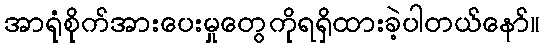
အာရုံစိုက်အားပေးမှုတွေကိုရရှိထားခဲ့ပါတယ်နော်။